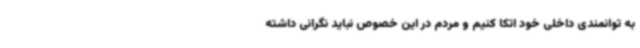
به توانمندی داخلی خود اتکا کنیم و مردم در این خصوص نباید نگرانی داشته